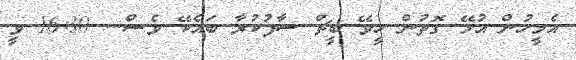
އެމީހުން އުޅޭ ގޮތުން ހީވޭ ބީޗް ސާފުކުރާ ބައެކޭ ވެސް... 16:30 ވީ